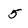
Character: 5